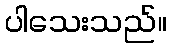
ပါသေးသည်။